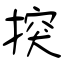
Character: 揬